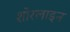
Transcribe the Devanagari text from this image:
शोरलाइन